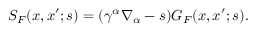
S _ { F } ( x , x ^ { \prime } ; s ) = ( \gamma ^ { \alpha } \nabla _ { \alpha } - s ) G _ { F } ( x , x ^ { \prime } ; s ) .